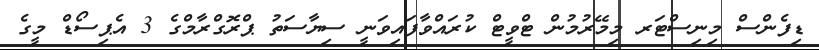
ޑިފެންސް މިނިސްޓަރ މިމޭރުމުން ޓްވީޓް ކުރައްވާފައިވަނީ ސިޔާސަތު ޕްރޮގްރާމްގެ 3 އެޕިސޯޑް މީގެ